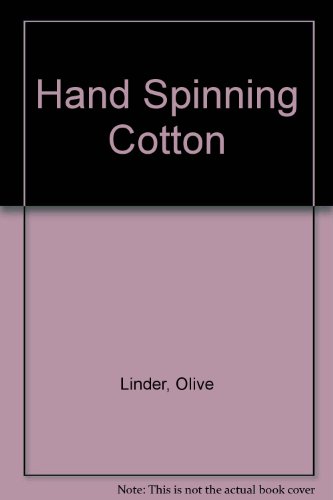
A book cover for Hand Spinning Cotton; Olive Linder; Crafts, Hobbies & Home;